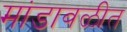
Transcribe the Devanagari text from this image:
मांडावळीत